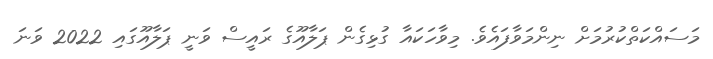
މަސައްކަތްކުރުމަށް ނިންމަވާފައެވެ. މިވާހަކައާ ގުޅިގެން ޕަލާއޫގެ ރައީސް ވަނީ ޕަލާއޫގައި 2022 ވަނަ